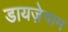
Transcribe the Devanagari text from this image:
डायजे़पाम